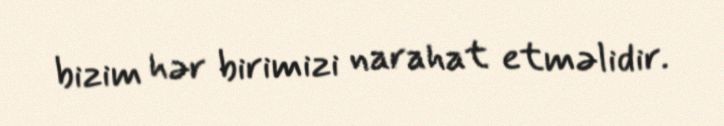
bizim hər birimizi narahat etməlidir.